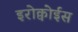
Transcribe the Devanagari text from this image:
इरोक्वोईस